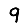
Digit: 9